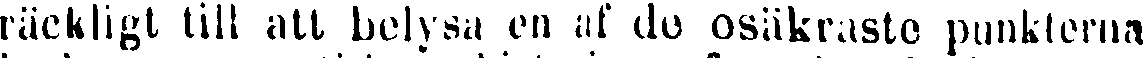
räckligt till att belysa en af de osäkraste punkterna